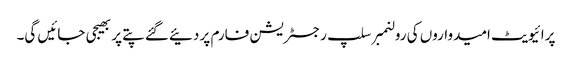
پرائیویٹ امیدواروں کی رولنمبر سلپ رجسٹریشن فارم پر دئیےگئے پتے پر بھیجی جائیں گی۔